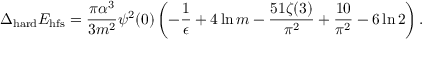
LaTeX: \Delta _ { \mathrm { h a r d } } E _ { \mathrm { h f s } } = \frac { \pi \alpha ^ { 3 } } { 3 m ^ { 2 } } \psi ^ { 2 } ( 0 ) \left( - \frac { 1 } { \epsilon } + 4 \ln m - \frac { 5 1 \zeta ( 3 ) } { \pi ^ { 2 } } + \frac { 1 0 } { \pi ^ { 2 } } - 6 \ln 2 \right) .